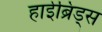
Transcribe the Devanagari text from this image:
हाईब्रिड्स